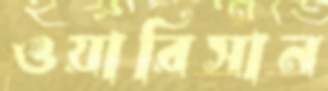
ওয়ারিসান